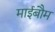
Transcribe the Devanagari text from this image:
माईबौम